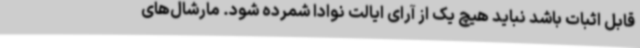
قابل اثبات باشد نباید هیچ یک از آرای ایالت نوادا شمرده شود. مارشال‌های